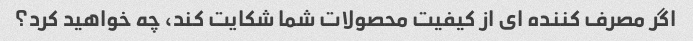
اگر مصرف کننده ای از کیفیت محصولات شما شکایت کند، چه خواهید کرد؟